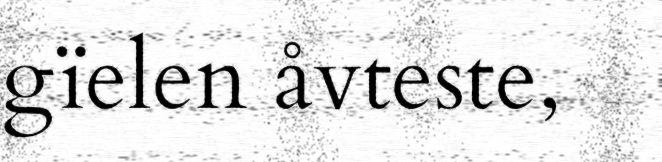
gïelen åvteste,